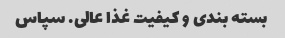
بسته بندی و کیفیت غذا عالی. سپاس